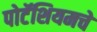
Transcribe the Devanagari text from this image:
पोटॅशियमचे